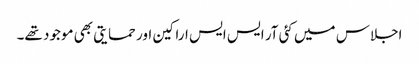
اجلاس میں کئی آر ایس ایس اراکین اور حمایتی بھی موجود تھے۔